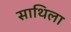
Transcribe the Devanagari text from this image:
साथिला